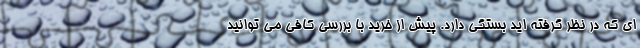
ای که در نظر گرفته اید بستگی دارد. پیش از خرید با بررسی کافی می توانید